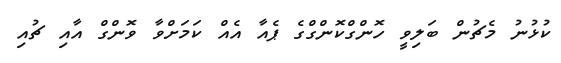
ކުޅުނު މެޗުން ބަލިވީ ހޮންގްކޮންގްގެ ޕެއާ އެއް ކަަމަށްވާ ވޮންގް އާއި ޗުއި